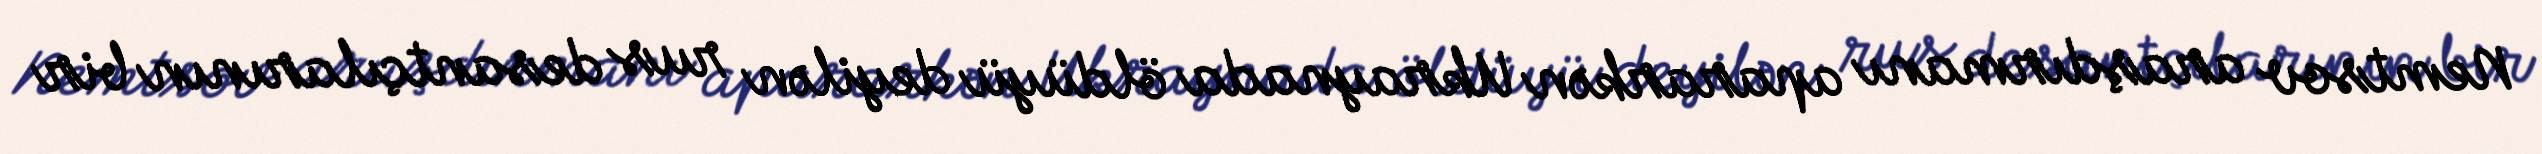
Nemtsov araşdırmanı apararkən Ukraynada öldüyü deyilən rus desantçılarının bir